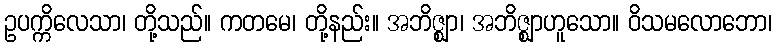
ဥပက္ကိလေသာ၊ တို့သည်။ ကတမေ၊ တို့နည်း။ အဘိဇ္ဈာ၊ အဘိဇ္ဈာဟူသော။ ဝိသမလောဘော၊